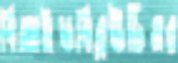
বিআইডবিব্লউটিএর